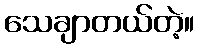
သေချာတယ်တဲ့။